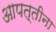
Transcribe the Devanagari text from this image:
आपत्तीना